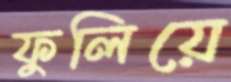
ফুলিয়ে